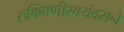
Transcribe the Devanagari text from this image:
रुक्मिणीस्वयंवराने